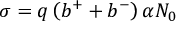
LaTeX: \sigma = q \left( b ^ { + } + b ^ { - } \right) \alpha N _ { 0 }